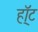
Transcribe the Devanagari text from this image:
हॉ्ट